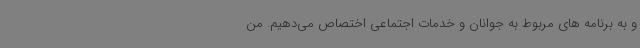
و به برنامه های مربوط به جوانان و خدمات اجتماعی اختصاص می‌دهیم. من